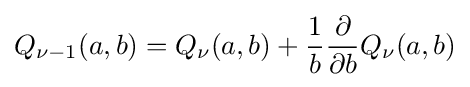
Q_{\nu -1}(a,b)=Q_{\nu }(a,b)+{\frac {1}{b}}{\frac {\partial }{\partial b}}Q_{\nu }(a,b)